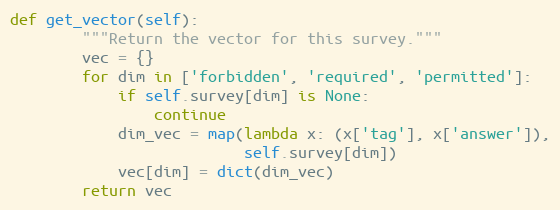
Language: Python
def get_vector(self):
        """Return the vector for this survey."""
        vec = {}
        for dim in ['forbidden', 'required', 'permitted']:
            if self.survey[dim] is None:
                continue
            dim_vec = map(lambda x: (x['tag'], x['answer']),
                          self.survey[dim])
            vec[dim] = dict(dim_vec)
        return vec